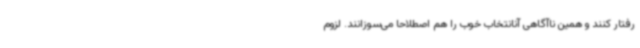
رفتار کنند و همین ناآگاهی آنانتخاب خوب را هم اصطلاحا می‌سوزانند. لزوم